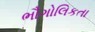
ભૌગોલિકતા